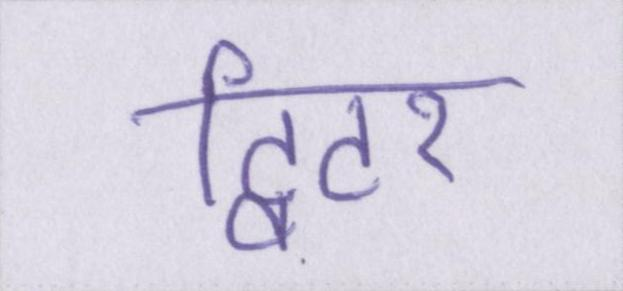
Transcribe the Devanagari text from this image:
ट्विटर